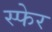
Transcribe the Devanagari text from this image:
स्फेर